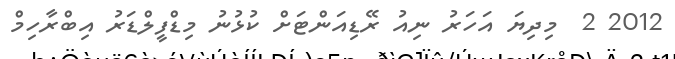
2012 2  މިދިޔަ އަހަރު ނިއު ރޭޑިއަންޓަށް ކުޅުނު މިޑްފީލްޑަރު އިބްރާހިމް